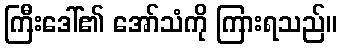
ကြီးဒေါ်၏ အော်သံကို ကြားရသည်။